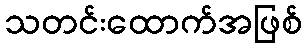
သတင်းထောက်အဖြစ်